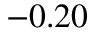
- 0 . 2 0